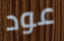
عود